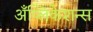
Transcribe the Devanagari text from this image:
अँप्लिकेशन्स